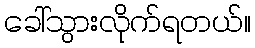
ခေါ်သွားလိုက်ရတယ်။